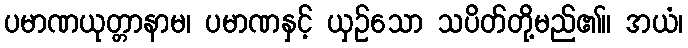
ပမာဏယုတ္တာနာမ၊ ပမာဏနှင့် ယှဉ်သော သပိတ်တို့မည်၏။ အယံ၊